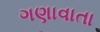
ગણાવાતા